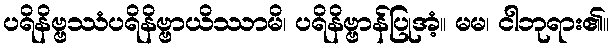
ပရိနိဗ္ဗဿံပရိနိဗ္ဗာယိဿာမိ၊ ပရိနိဗ္ဗာန်ပြုအံ့။ မမ၊ ငါဘုရား၏။